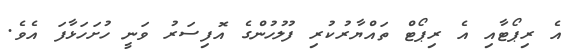
އެ ރިޕޯޓާއި އެ ރިޕޯޓް ތައްޔާރުކުރި ފުލުހުންގެ އޮފިސަރު ވަނީ ހުށަހަޅާފަ އެވެ.